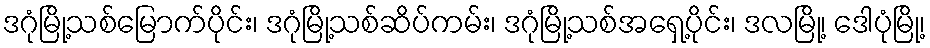
ဒဂုံမြို့သစ်မြောက်ပိုင်း၊ ဒဂုံမြို့သစ်ဆိပ်ကမ်း၊ ဒဂုံမြို့သစ်အရှေ့ပိုင်း၊ ဒလမြို့၊ ဒေါပုံမြို့၊